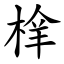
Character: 㮆